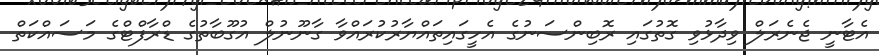
އެޓާނީ ޖެނެރަލް ވިދާޅުުވި ގޮތުގައި ރޮބިންސަނުގެ އެހީގައިތައްޔާރުކުރައްވާ ގާނޫނުލް އުގޫބާތުގެ ޑްރާފްޓްގެ މަސައްކަތް